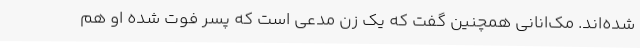
شده‌اند. مک‌انانی همچنین گفت که یک زن مدعی است که پسر فوت شده او هم